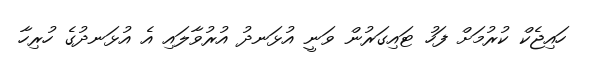
ހައިޖެކް ކުރުމަށް ފަހު ޓައިގަރުން ވަނީ އުޅަނދު އުރުވާލައި އެ އުޅަނދުގެ ހުރިހާ